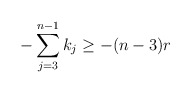
\begin{align*}- \sum\limits_{j =3}^{n-1} k_j \geq -(n-3)r\end{align*}